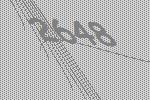
2648